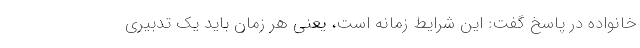
خانواده در پاسخ گفت: این شرایط زمانه است، یعنی هر زمان باید یک تدبیری